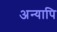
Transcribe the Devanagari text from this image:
अन्यापि